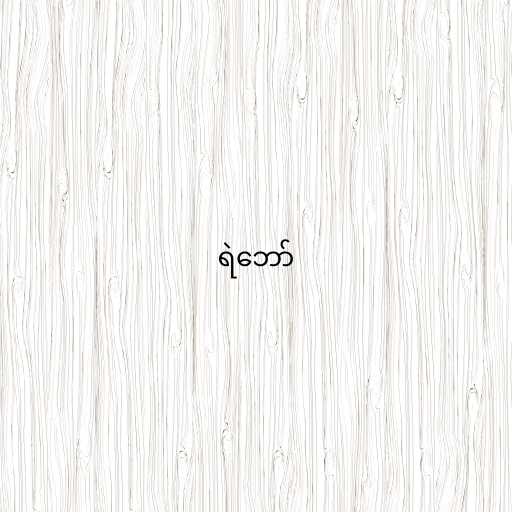
ရဲဘော်